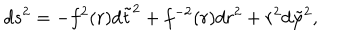
LaTeX: d s ^ { 2 } = - f ^ { 2 } ( r ) d \tilde { t } ^ { 2 } + f ^ { - 2 } ( r ) d r ^ { 2 } + r ^ { 2 } d \tilde { \varphi } ^ { 2 } ,